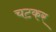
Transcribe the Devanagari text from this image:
चटकर